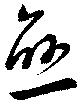
愈